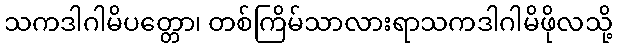
သကဒါဂါမိပတ္တော၊ တစ်ကြိမ်သာလားရာသကဒါဂါမိဖိုလသို့